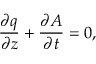
\frac { \partial q } { \partial z } + \frac { \partial A } { \partial t } = 0 ,